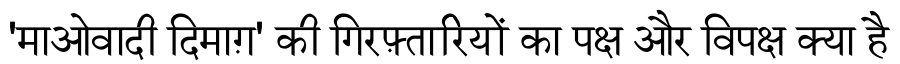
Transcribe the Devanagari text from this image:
'माओवादी दिमाग़' की गिरफ़्तारियों का पक्ष और विपक्ष क्या है